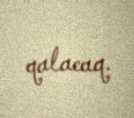
qalacaq.